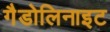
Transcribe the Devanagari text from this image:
गैडोलिनाइट